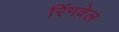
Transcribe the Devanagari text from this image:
रिंगवेल